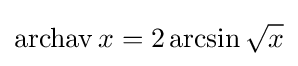
\operatorname {archav} x=2\arcsin {\sqrt {x}}